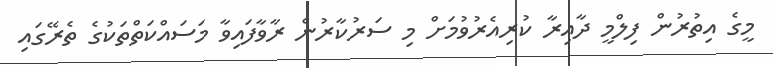
މީގެ އިތުރުން ފިލްމީ ދާއިރާ ކުރިއެރުވުމަށް މި ސަރުކާރުން ރާވާފައިވާ މަސައްކަތްތަކުގެ ތެރޭގައި